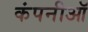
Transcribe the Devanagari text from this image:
कंपनीऑ